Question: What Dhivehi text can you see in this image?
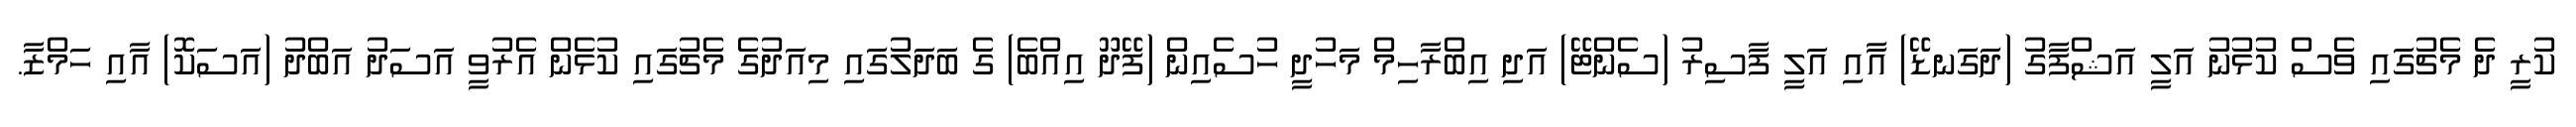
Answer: ކުރީ ދެ މެޗުގައި ވެސް ކުޅުނު އަލީ އަޝްފާގު (ދަގަނޑޭ) އާއި އަލީ ފާސިރު (ސެންޓޭ) އަދި އިބްރާހިމް މަހުދީ ހުސެއިން (ފޭދޫ އިއްބެ) ގެ ބަދަލުގައި މިއަދުގެ މެޗުގައި ކުޅެން އެރުވީ އަސަދު އަބްދު (އަސަކޮ) އާއި ހަމްޒާ.